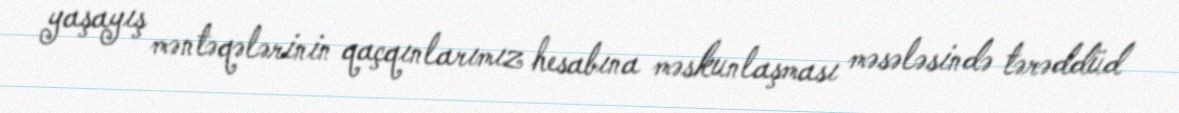
yaşayış məntəqələrinin qaçqınlarımız hesabına məskunlaşması məsələsində tərəddüd